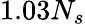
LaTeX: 1.03N_{s}